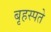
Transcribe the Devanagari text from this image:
बृहस्पते